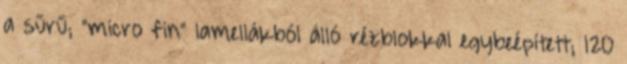
a sűrű; "micro fin" lamellákból álló rézblokkal egybeépített; 120